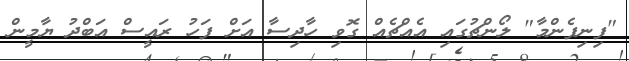
"ފިނިފެންމާ" ލޯންޗުގައި އެއްޗެއް ގޮވި ހާދިސާ އަށް ފަހު ރައީސް އަބްދު ޔާމީން